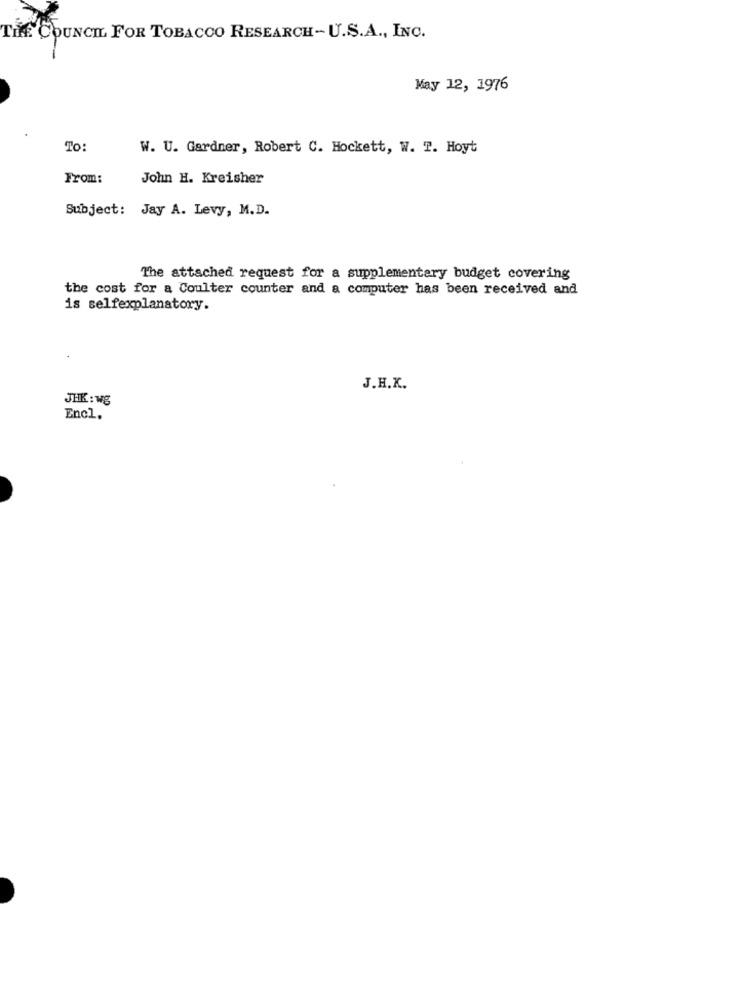
THE COUNCIL FOR TOBACCO RESEARCH-U.S.A ., INC.
May 12, 1976
To:
W. U. Gardner, Robert C. Hockett, W. T. Hoyt
From:
John H. Kreisher
Subject: Jay A. Levy, M.D.
The attached request for a supplementary budget covering
the cost for a Coulter counter and a computer has been received and
is selfexplanatory.
J.H.K.
JHK : wg
Encl.